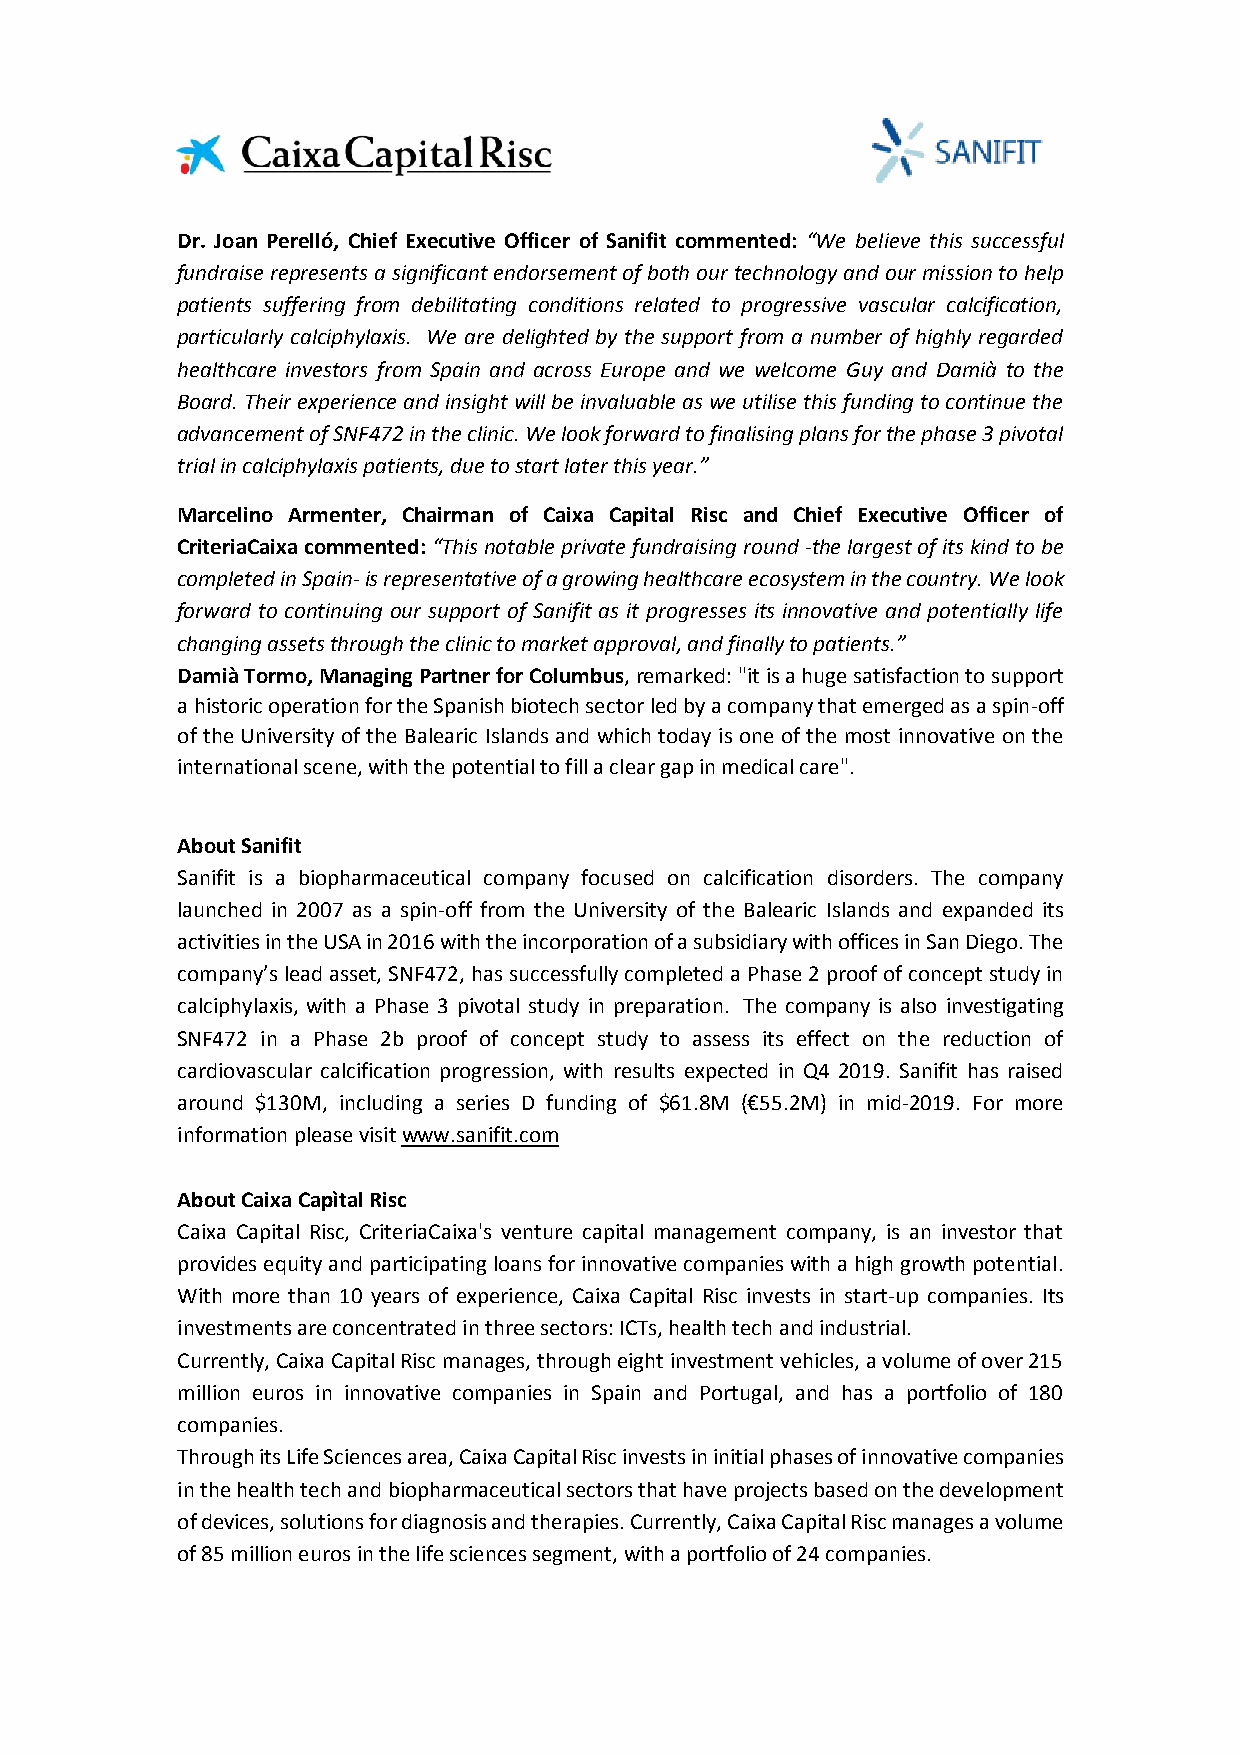
Dr. Joan Perelló, Chief Executive Officer of Sanifit commented: “We believe this successful
 fundraise represents a significant endorsement of both our technology and our mission to help
 patients suffering from debilitating conditions related to progressive vascular calcification,
 particularly calciphylaxis. We are delighted by the support from a number of highly regarded
 healthcare investors from Spain and across Europe and we welcome Guy and Damià to the
 Board. Their experience and insight will be invaluable as we utilise this funding to continue the
 advancement of SNF472 in the clinic. We look forward to finalising plans for the phase 3 pivotal
 trial in calciphylaxis patients, due to start later this year.”
 Marcelino Armenter, Chairman of Caixa Capital Risc and Chief Executive Officer of
 CriteriaCaixa commented: “This notable private fundraising round -the largest of its kind to be
 completed in Spain- is representative of a growing healthcare ecosystem in the country. We look
 forward to continuing our support of Sanifit as it progresses its innovative and potentially life
 changing assets through the clinic to market approval, and finally to patients.”
 Damià Tormo, Managing Partner for Columbus, remarked: "it is a huge satisfaction to support
 a historic operation for the Spanish biotech sector led by a company that emerged as a spin-off
 of the University of the Balearic Islands and which today is one of the most innovative on the
 international scene, with the potential to fill a clear gap in medical care".
 About Sanifit
 Sanifit is a biopharmaceutical company focused on calcification disorders. The company
 launched in 2007 as a spin-off from the University of the Balearic Islands and expanded its
 activities in the USA in 2016 with the incorporation of a subsidiary with offices in San Diego. The
 company’s lead asset, SNF472, has successfully completed a Phase 2 proof of concept study in
 calciphylaxis, with a Phase 3 pivotal study in preparation. The company is also investigating
 SNF472 in a Phase 2b proof of concept study to assess its effect on the reduction of
 cardiovascular calcification progression, with results expected in Q4 2019. Sanifit has raised
 around $130M, including a series D funding of $61.8M (€55.2M) in mid-2019. For more
 information please visit www.sanifit.com
 About Caixa Capìtal Risc
 Caixa Capital Risc, CriteriaCaixa's venture capital management company, is an investor that
 provides equity and participating loans for innovative companies with a high growth potential.
 With more than 10 years of experience, Caixa Capital Risc invests in start-up companies. Its
 investments are concentrated in three sectors: ICTs, health tech and industrial.
 Currently, Caixa Capital Risc manages, through eight investment vehicles, a volume of over 215
 million euros in innovative companies in Spain and Portugal, and has a portfolio of 180
 companies.
 Through its Life Sciences area, Caixa Capital Risc invests in initial phases of innovative companies
 in the health tech and biopharmaceutical sectors that have projects based on the development
 of devices, solutions for diagnosis and therapies. Currently, Caixa Capital Risc manages a volume
 of 85 million euros in the life sciences segment, with a portfolio of 24 companies.